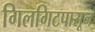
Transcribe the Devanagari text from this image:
गिलगिटपासून